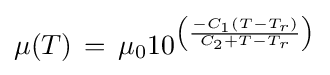
\mu (T)\,=\,\mu _{0}10^{\left({\frac {-C_{1}(T-T_{r})}{C_{2}+T-T_{r}}}\right)}